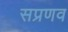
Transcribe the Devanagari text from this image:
सप्रणव